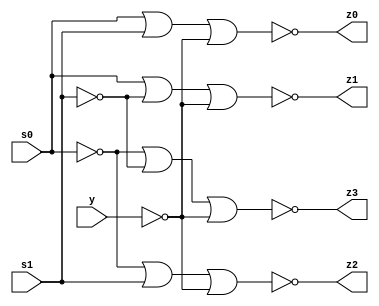
    `timescale 1ns / 1ps
    //////////////////////////////////////////////////////////////////////////////////
    // Company: filber Inc.
    // 
    // Design Name: Simple nor gate 1 to 4 demultiplexor
    // Module Name: nor_demultiplexor
    //////////////////////////////////////////////////////////////////////////////////
    
    module nor_demultiplexor(
            input   y,  // allow signal
            input   s0, // a
            input   s1, // b
            output  z0,
            output  z1,
            output  z2,
            output  z3
        );
        
        wire not_y;     // allow signal with nor
        wire r0, r1, r2, r3;    // results
        wire not_r0, not_r1, not_r2, not_r3;    // inverted results for nor gate pass
    
        wire not_s1_r1;     // inversions for demultiplexing itself
        wire not_s0_r2;
        wire not_s0_r3, not_s1_r3;
        
        nor(not_y, y, y);
        
        nor(not_s1_r1, s1, s1);     // first inversions
        nor(not_s0_r2, s0, s0);
        nor(not_s0_r3, s0, s0);
        nor(not_s1_r3, s1, s1);
        
        nor(r0, s0, s1);            // logic
        nor(r1, s0, not_s1_r1);
        nor(r2, not_s0_r2, s1);
        nor(r3, not_s0_r3, not_s1_r3);
        
        nor(not_r0, r0, r0);    // inversions for gate
        nor(not_r1, r1, r1);
        nor(not_r2, r2, r2);
        nor(not_r3, r3, r3);
        
        nor(z0, not_r0, not_y);     // results after gate
        nor(z1, not_r1, not_y);
        nor(z2, not_r2, not_y);
        nor(z3, not_r3, not_y);
        
    endmodule